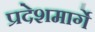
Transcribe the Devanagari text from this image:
प्रदेशमार्गे